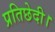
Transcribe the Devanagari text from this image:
प्रतिछेदी।